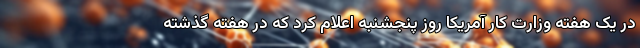
در یک هفته وزارت کار آمریکا روز پنجشنبه اعلام کرد که در هفته گذشته